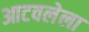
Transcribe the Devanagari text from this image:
आटवलेला